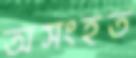
অসংহত